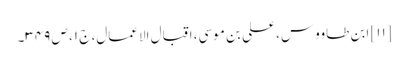
[۱۱] ابن طاووس، علی بن موسی، اقبال الاعمال، ج ۱، ص ۳۴۹۔